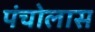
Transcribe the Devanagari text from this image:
पंचोलास